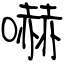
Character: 嚇